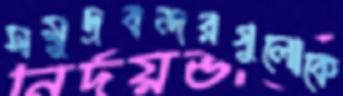
সমুদ্রবন্দরগুলোকে